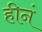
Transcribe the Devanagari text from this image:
हीनं